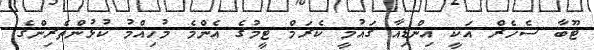
ޓޫބާ ސެހެރް އަކީ އިންޑިއާ ގައުމީ ކެރަމް ޓީމުގެ އެންމެ މުހިއްމު ކުޅުންތެރިންގެ